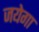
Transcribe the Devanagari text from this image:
जयेगा